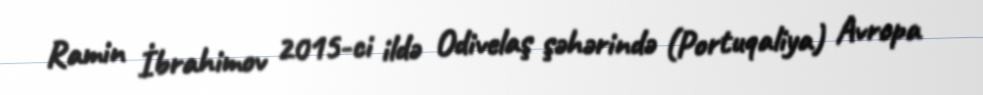
Ramin İbrahimov 2015-ci ildə Odivelaş şəhərində (Portuqaliya) Avropa